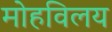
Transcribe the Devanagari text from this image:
मोहविलय